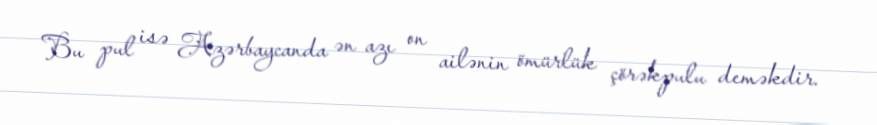
Bu pul isə Azərbaycanda ən azı on ailənin ömürlük çörəkpulu deməkdir.